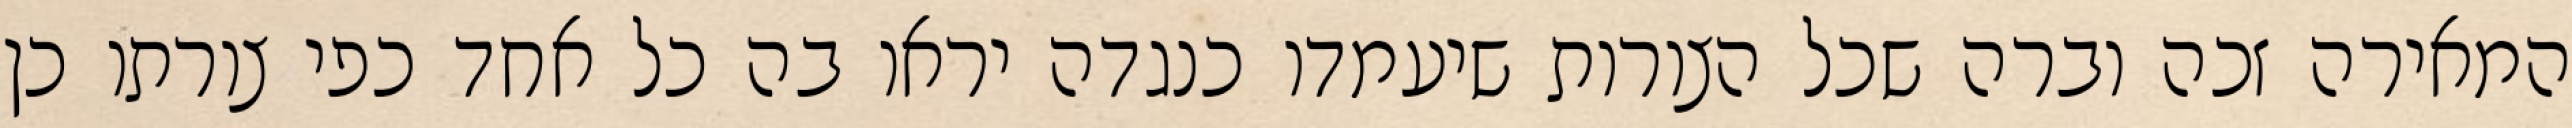
המאירה זכה וברה שכל הצורות שיעמדו כנגדה יראו בה כל אחד כפי צורתו כן